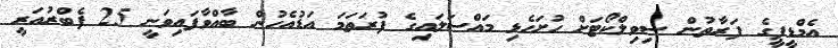
އެމްޑީޕީގެ ފަރާތުން ސިވިލްކޯޓަށް ހުށަހެޅި މައްސަލައިގެ ފުރަތަމަ އަޑުއެހުން ބާއްވާފައިވަނީ 25 ފެބްރުއަރީ